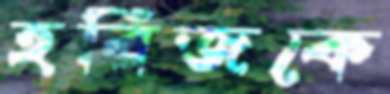
হরিজকে